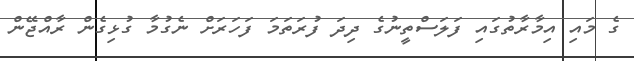
ގެ މައި އިމާރާތުގައި ފަލަސްތީނުގެ ދިދަ ފުރަތަމަ ފަހަރަށް ނެގުމާ ގުޅިގެން ރާއްޖޭން